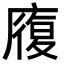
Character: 𭙷